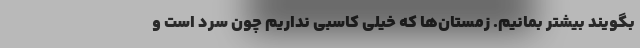
بگویند بیشتر بمانیم. زمستان‌ها که خیلی کاسبی نداریم چون سرد است و